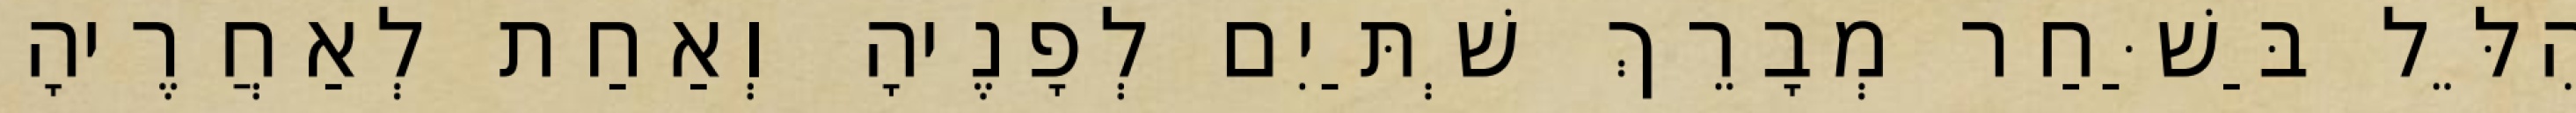
הִלֵּל בַּשַּׁחַר מְבָרֵךְ שְׁתַּיִם לְפָנֶיהָ וְאַחַת לְאַחֲרֶיהָ